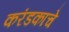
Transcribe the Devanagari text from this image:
करंडकाचे